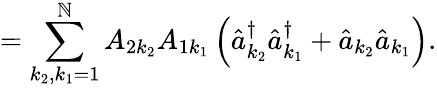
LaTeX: =\sum_{k_{2},k_{1}=1}^{\mathbb{N}}A_{2k_{2}}A_{1k_{1}}\left(\hat{{a}}_{k_{2}}^{\dagger}\hat{{a}}_{k_{1}}^{\dagger}+\hat{{a}}_{k_{2}}\hat{{a}}_{k_{1}}\right).